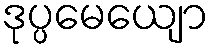
ဒုပ္ပမေယျော